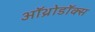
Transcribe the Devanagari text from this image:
ऑथ्रोडॉक्स